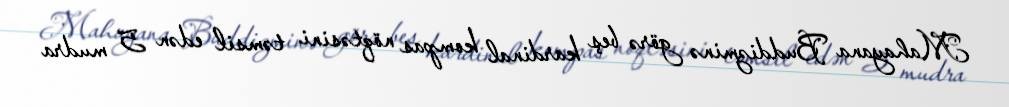
Mahayana Buddizminə görə beş kardinal kompas nöqtəsini təmsil edən 5 mudra